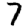
Digit: 7